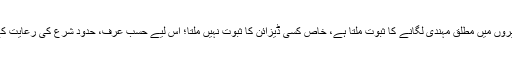
(۲): احادیث سے عورتوں کے لیے ہاتھوں اور پیروں میں مطلق مہندی لگانے کا ثبوت ملتا ہے، خاص کسی ڈیزائن کا ثبوت نہیں ملتا؛ اس لیے حسب عرف، حدود شرع کی رعایت کے ساتھ ہر طرح کی ڈیزائننگ کی اجازت ہوگی ۔